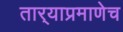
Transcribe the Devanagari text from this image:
तार्‍याप्रमाणेच